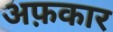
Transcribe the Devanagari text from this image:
अफ़कार